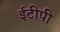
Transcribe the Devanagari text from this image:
ईटीपी